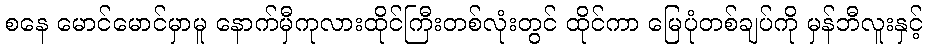
စနေ မောင်မောင်မှာမူ နောက်မှီကုလားထိုင်ကြီးတစ်လုံးတွင် ထိုင်ကာ မြေပုံတစ်ချပ်ကို မှန်ဘီလူးနှင့်